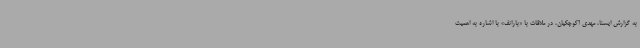
به گزارش ایسنا، مهدی آکوچکیان، در ملاقات با «بارانف» با اشاره به اهمیت